Report on the bubonic plague in Bombay, 1896-1897
Year: 1896
Disease focus: Plague
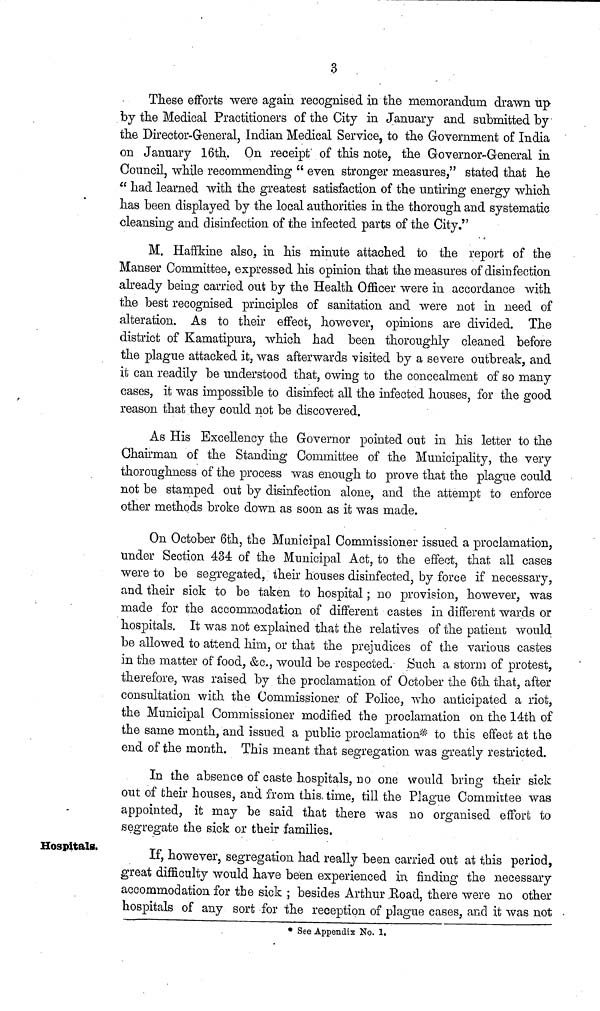
3
These efforts were again recognised in the memorandum drawn up
by the Medical Practitioners of the City in January and submitted by
the Director-General, Indian Medical Service, to the Government of India
on January 16th. On receipt' of this note, the Governor-General in
Council, while recommending " even stronger measures," stated that he
" had learned with the greatest satisfaction of the untiring energy which
has been displayed by the local authorities in the thorough and systematic
cleansing and disinfection of the infected parts of the City."
M. Haffkine also, in his minute attached to the report of the
Manser Committee, expressed his opinion that the measures of disinfection
already being carried out by the Health Officer were in accordance with
the best recognised principles of sanitation and were not in need of
alteration. As to their effect, however, opinions are divided. The
district of Kamatipura, which had been thoroughly cleaned before
the plague attacked it, was afterwards visited by a severe outbreak, and
it can readily be understood that, owing to the concealment of so many
cases, it was impossible to disinfect all the infected houses, for the good
reason that they could not be discovered.
As His Excellency the Governor pointed out in his letter to the
Ohairman of the Standing Committee of the Municipality, the very
thoroughness of the process was enough to prove that the plague could
not be stamped out by disinfection alone, and the attempt to enforce
other methods broke down as soon as it was made.
On October 6th, the Municipal Commissioner issued a proclamation,
under Section 434 of the Municipal Act, to the effect, that all cases
were to be segregated, their houses disinfected, by force if necessary,
and their sick to be taken to hospital ; no provision, however, was
made for the accommodation of different castes in different wards or
hospitals. It was not explained that the relatives of the patient would
be allowed to attend him, or that the prejudices of the various castes
in the matter of food, &c, would be respected. Such a storm of protest,
therefore, was raised by the proclamation of October the 6th that, after
consultation with the Commissioner of Police, who anticipated a riot,
the Municipal Commissioner modified the proclamation on the 14th of
the same month, and issued a public proclamation* to this effect at the
end of the month. This meant that segregation was greatly restricted.
In the absence of caste hospitals, no one would bring their sick
out of their houses, and from this, time, till the Plague Committee was
appointed, it may be said that there was no organised effort to
segregate the sick or their families.
Hospitals.
If, however, segregation had really been carried out at this period,
great difficulty would have been experienced in finding the necessary
accommodation for the sick ; besides Arthur Koad, there were no other
hospitals of any sort for the reception of plague cases, and it was not
* See Appendix No. 1.